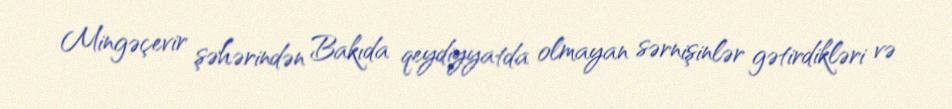
Mingəçevir şəhərindən Bakıda qeydiyyatda olmayan sərnişinlər gətirdikləri və